Vaccination in Burma 1900-1911 - 1900-1911
Year: 1900
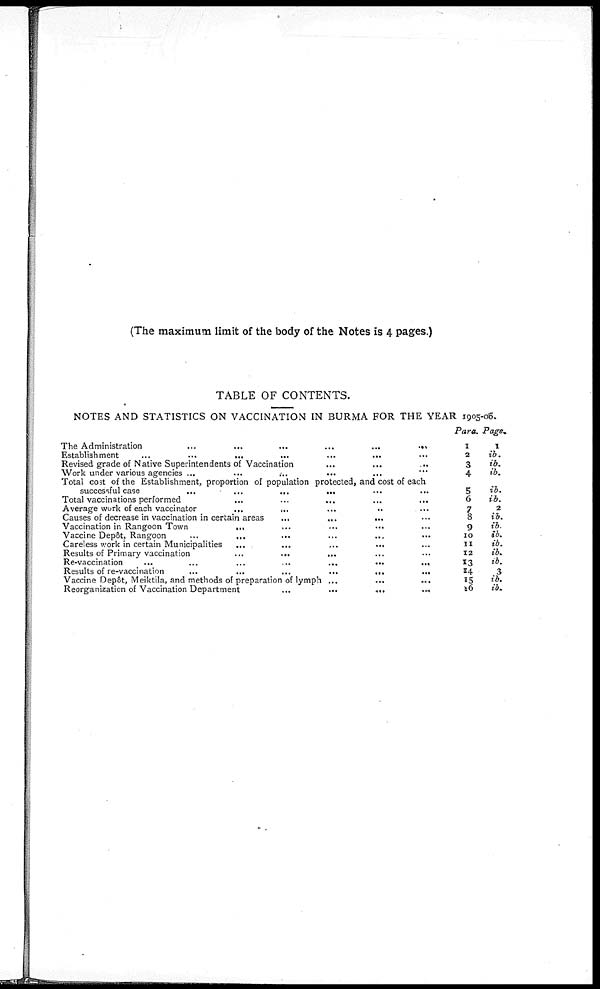
(The maximum limit of the body of the Notes is 4 pages.)
TABLE OF CONTENTS.
NOTES AND STATISTICS ON VACCINATION IN BURMA FOR THE YEAR 1905-06.
The Administration
...
...
...
...
...
... ...
Establishment ... ... ... ... ... ... ...
Revised grade of Native Superintendents of Vaccination
...
...
...
Work under various agencies ... ... ... ... ... ...
Total cost of the Establishment, proportion of population protected, and cost of each
successful case
...
...
...
...
...
...
Total vaccinations performed
...
...
...
Average work of each vaccinator
...
...
...
..
...
Causes of decrease in vaccination in certain areas
...
...
... ... ...
Vaccination in Rangoon Town
...
...
...
... ...
Vaccine Depôt, Rangoon
...
... ... ... ... ... ...
Careless work in certain Municipalities
... .
...
...
...
...
Results of Primary vaccination
...
...
... ... ... ... ...
Re-vaccination
...
...
...
...
...
...
...
Results of re-vaccination
...
...
...
...
...
...
Vaccine Depôt, Meiktila, and methods of preparation of lymph ...
...
...
Reorganization of Vaccination Department ... ... ... ...
Para.
1
2
3
4
5
6
7
8
9
10
11
12
13
14
15
16
Page.
1
ib.
ib.
ib.
ib.
ib.
2
ib.
ib.
ib.
ib.
ib.
ib.
3
ib.
ib.